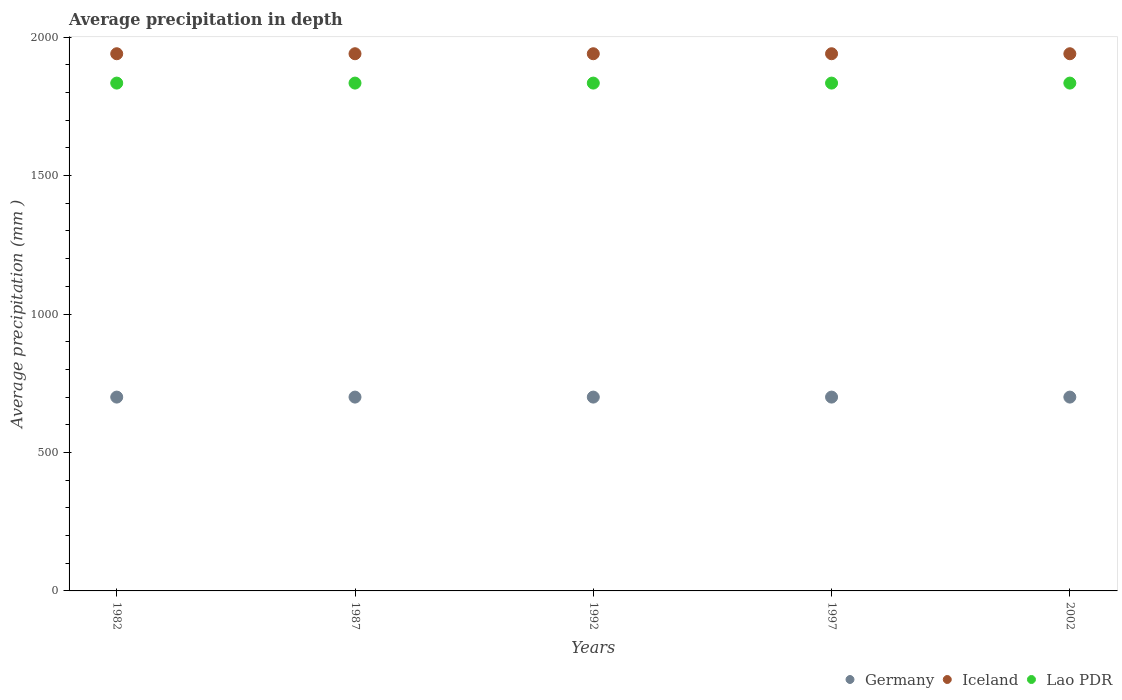
| Years | Germany | Iceland | Lao PDR |
 | --- | --- | --- | --- |
 | 1982 | 700 | 1.94e+03 | 1.83e+03 |
 | 1987 | 700 | 1.94e+03 | 1.83e+03 |
 | 1992 | 700 | 1.94e+03 | 1.83e+03 |
 | 1997 | 700 | 1.94e+03 | 1.83e+03 |
 | 2002 | 700 | 1.94e+03 | 1.83e+03 |